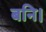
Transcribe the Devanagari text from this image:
बनि।